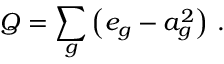
Q = \sum _ { g } \left( e _ { g } - a _ { g } ^ { 2 } \right) \, .